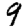
Digit: 9